Civil Veterinary Department. United Provinces 1932-42 - 1932-1942
Year: 1932
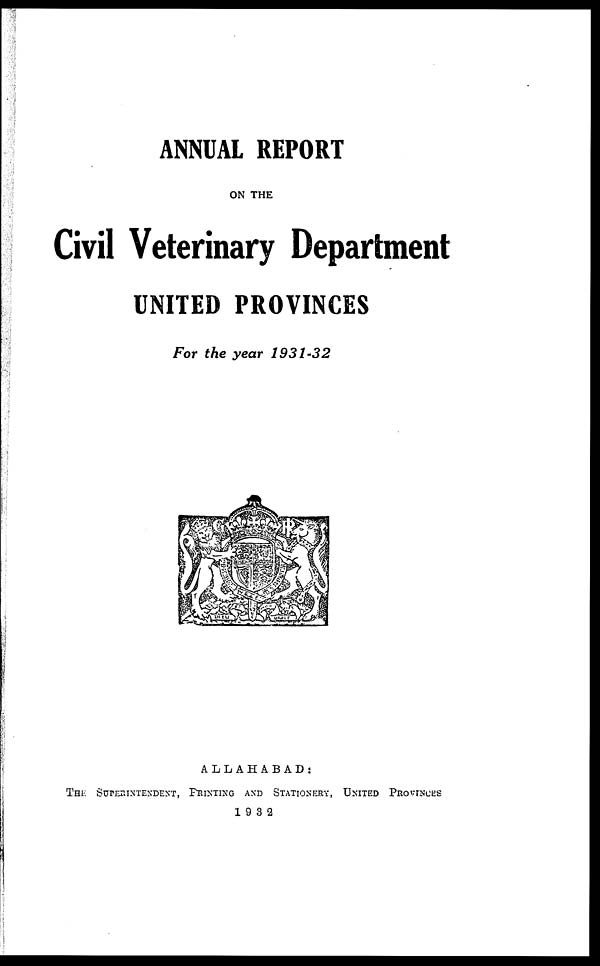
ANNUAL REPORT
ON THE
Civil Veterinary Department
UNITED PROVINCES
For the year 1931-32
ALLAHABAD :
THE SUPERINTENDENT, PRINTING AND STATIONERY, UNITED PROVISOES
1932